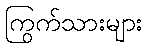
ကြွက်သားများ